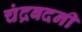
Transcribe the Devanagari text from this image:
चंद्रबदनी